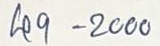
49 - 2000